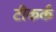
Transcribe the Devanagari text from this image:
टीकर्क